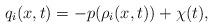
LaTeX: \begin{align*}q_i(x,t) = -p(\rho_i(x,t))+\chi(t),\end{align*}